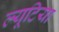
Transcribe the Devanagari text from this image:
ल्यूटिया